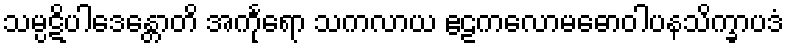
သမ္ပဋိပါဒေန္တောတိ အင်္ကုရော သကလာယ ဧဠကလောမဓောဝါပနသိက္ခာပဒံ